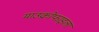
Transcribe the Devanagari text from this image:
माउक्रोफाइला